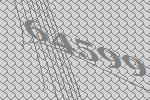
64599